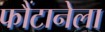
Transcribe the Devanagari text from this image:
फौंटानेला